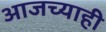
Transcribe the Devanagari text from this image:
आजच्याही